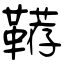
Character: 鞯